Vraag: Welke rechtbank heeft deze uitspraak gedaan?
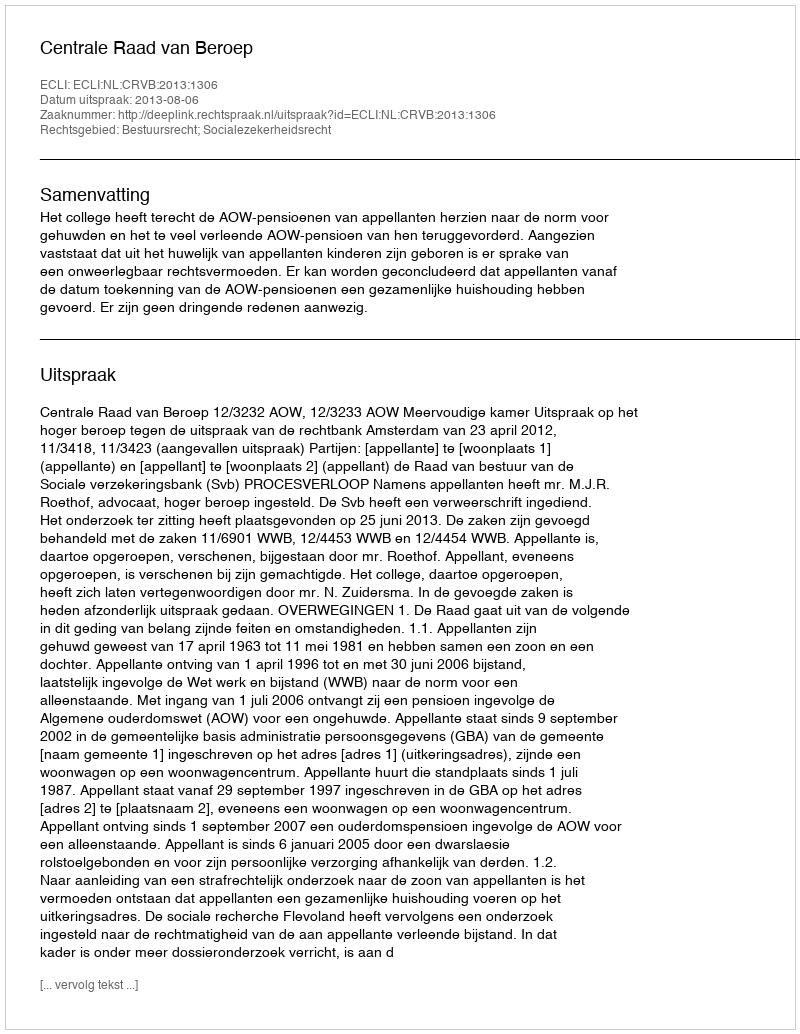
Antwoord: Centrale Raad van Beroep